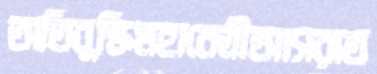
অতিবুদ্ধিমহানেত্রীআসরাত